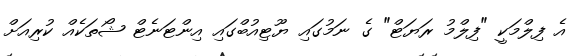
އެ ފިލްމަކީ "ފިލްމު ރަޔަޓް" ގެ ނަމުގައި ޔޫޓިއުބްގައި އިންޓަނެޓް ޝޯތަކެއް ކުރިއަށް